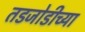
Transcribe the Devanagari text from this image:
तडजोडीच्या